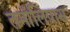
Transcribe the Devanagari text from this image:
तमॉलिपास